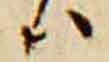
ハ